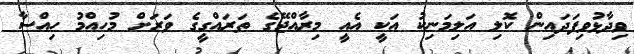
ވިދާޅުވިފަދައިން ކޮލި އަލިމަނިކު އަކީ އެއީ މިރާއްޖޭގެ ތަރައްގީގެ ވަރަށް މުހިއްމު ހިއްސާ